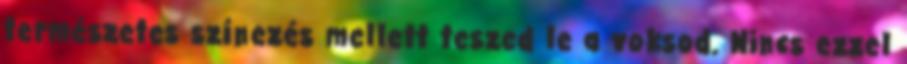
természetes színezés mellett teszed le a voksod. Nincs ezzel